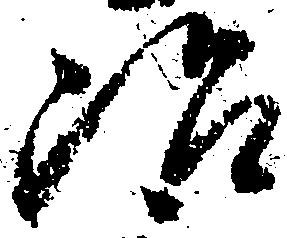
治